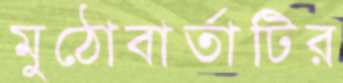
মুঠোবার্তাটির